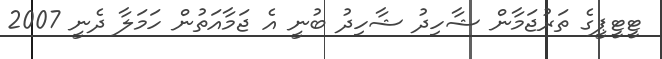
ޓީޓީޕީގެ ތަރުޖަމާން ޝާހިދު ޝާހިދު ބުނީ އެ ޖަމާއަތުން ހަމަލާ ދެނީ 2007